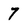
Character: 7